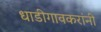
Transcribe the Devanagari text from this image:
धाडीगावकरांनी